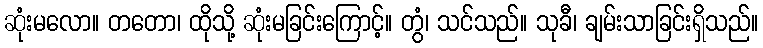
ဆုံးမလော။ တတော၊ ထိုသို့ ဆုံးမခြင်းကြောင့်။ တွံ၊ သင်သည်။ သုခီ၊ ချမ်းသာခြင်းရှိသည်။